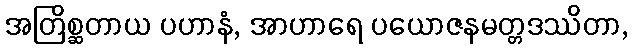
အတြိစ္ဆတာယ ပဟာနံ, အာဟာရေ ပယောဇနမတ္တဒဿိတာ,